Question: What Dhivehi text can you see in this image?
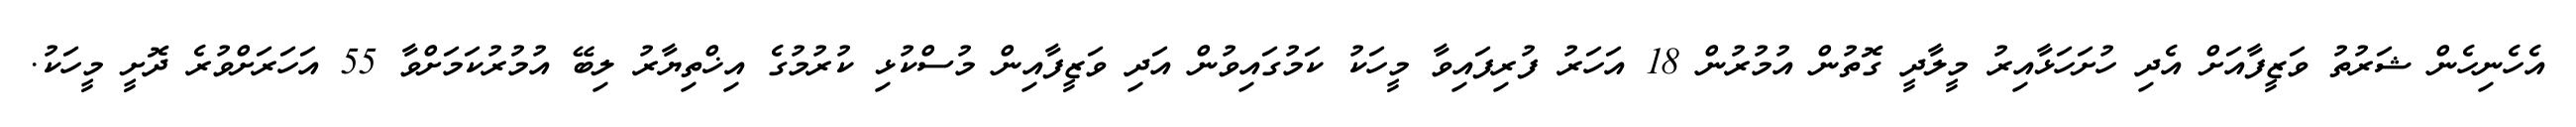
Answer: އެހެނިހެން ޝަރުތު ވަޒީފާއަށް އެދި ހުށަހަޅާއިރު މީލާދީ ގޮތުން އުމުރުން 18 އަހަރު ފުރިފައިވާ މީހަކު ކަމުގައިވުން އަދި ވަޒީފާއިން މުސްކުޅި ކުރުމުގެ އިޚްތިޔާރު ލިބޭ އުމުރުކަމަށްވާ 55 އަހަރަށްވުރެ ދޮށީ މީހަކު.